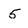
Character: 5